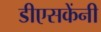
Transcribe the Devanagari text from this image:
डीएसकेंनी